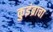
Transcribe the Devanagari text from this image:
कुइंब्राचा